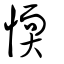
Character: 愞